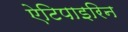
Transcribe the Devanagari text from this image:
ऐटिपाइरिन